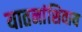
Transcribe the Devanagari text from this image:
यातनांशिवाय